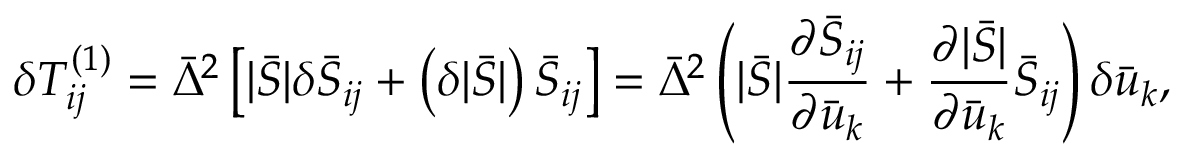
\delta T _ { i j } ^ { \left( 1 \right) } = { { \bar { \Delta } } ^ { 2 } } \left[ { | \bar { S } | \delta { { \bar { S } } _ { i j } } + \left( { \delta | \bar { S } | } \right) { { \bar { S } } _ { i j } } } \right] = { { \bar { \Delta } } ^ { 2 } } \left( { | \bar { S } | \frac { { \partial { { \bar { S } } _ { i j } } } } { { \partial { { \bar { u } } _ { k } } } } + \frac { { \partial | \bar { S } | } } { { \partial { { \bar { u } } _ { k } } } } { { \bar { S } } _ { i j } } } \right) \delta { { \bar { u } } _ { k } } ,